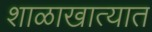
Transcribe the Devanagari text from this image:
शाळाखात्यात